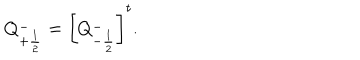
Q _ { + \frac { 1 } { 2 } } ^ { - } = \left[ Q _ { - \frac { 1 } { 2 } } ^ { - } \right] ^ { t } .